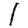
Digit: 1